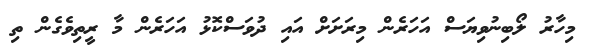
މިހާރު ލޯބިނުވިޔަސް އަހަރެން މިރަށަށް އައި ދުވަސްކޮޅު އަަހަރެން މާ ރީތިވެގެން ތި